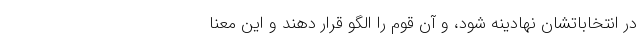
در انتخاباتشان نهادینه شود، و آن قوم را الگو قرار دهند و این معنا